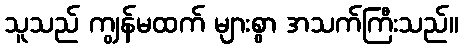
သူသည် ကျွန်မထက် များစွာ အသက်ကြီးသည်။